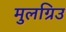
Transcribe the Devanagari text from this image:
मुलग्रिउ